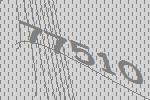
77510